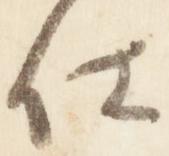
仕